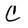
Character: C